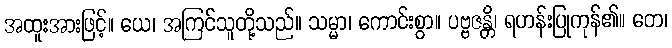
အထူးအားဖြင့်။ ယေ၊ အကြင်သူတို့သည်။ သမ္မာ၊ ကောင်းစွာ။ ပဗ္ဗဇန္တိ၊ ရဟန်းပြုကုန်၏။ တေ၊